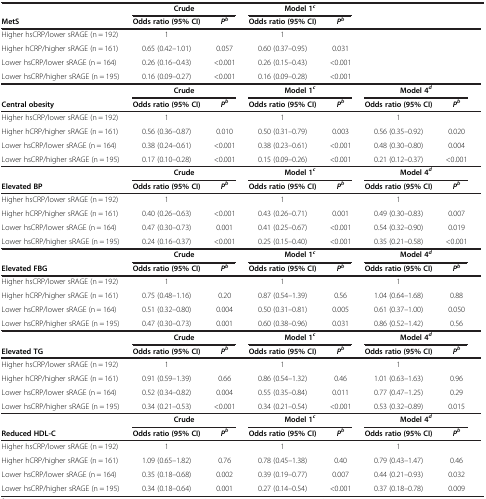
<table><thead><tr><td><b> </b></td><td colspan="2"><b>Crude</b></td><td colspan="2"><b>Model 1<sup><i>c</i></sup></b></td><td><b> </b></td><td><b> </b></td></tr><tr><td><b>MetS</b></td><td><b>Odds ratio (95% CI)</b></td><td><b><i>P</i><sup><i>b</i></sup></b></td><td><b>Odds ratio (95% CI)</b></td><td><b><i>P</i><sup><i>b</i></sup></b></td><td><b> </b></td><td><b> </b></td></tr></thead><tbody><tr><td>Higher hsCRP/lower sRAGE (n = 192)</td><td>1</td><td> </td><td>1</td><td> </td><td> </td><td> </td></tr><tr><td>Higher hCRP/higher sRAGE (n = 161)</td><td>0.65 (0.42–1.01)</td><td>0.057</td><td>0.60 (0.37–0.95)</td><td>0.031</td><td> </td><td> </td></tr><tr><td>Lower hsCRP/lower sRAGE (n = 164)</td><td>0.26 (0.16–0.43)</td><td>&lt;0.001</td><td>0.26 (0.15–0.43)</td><td>&lt;0.001</td><td> </td><td> </td></tr><tr><td>Lower hsCRP/higher sRAGE (n = 195)</td><td>0.16 (0.09–0.27)</td><td>&lt;0.001</td><td>0.16 (0.09–0.28)</td><td>&lt;0.001</td><td> </td><td> </td></tr><tr><td> </td><td colspan="2"><b>Crude</b></td><td colspan="2"><b>Model 1</b><sup><b><i>c</i></b></sup></td><td colspan="2"><b>Model 4</b><sup><b><i>d</i></b></sup></td></tr><tr><td><b>Central obesity</b></td><td><b>Odds ratio (95% CI)</b></td><td><b><i>P</i></b><sup><b><i>b</i></b></sup></td><td><b>Odds ratio (95% CI)</b></td><td><b><i>P</i></b><sup><b><i>b</i></b></sup></td><td><b>Odds ratio (95% CI)</b></td><td><b><i>P</i></b><sup><b><i>b</i></b></sup></td></tr><tr><td>Higher hsCRP/lower sRAGE (n = 192)</td><td>1</td><td> </td><td>1</td><td> </td><td>1</td><td> </td></tr><tr><td>Higher hCRP/higher sRAGE (n = 161)</td><td>0.56 (0.36–0.87)</td><td>0.010</td><td>0.50 (0.31–0.79)</td><td>0.003</td><td>0.56 (0.35–0.92)</td><td>0.020</td></tr><tr><td>Lower hsCRP/lower sRAGE (n = 164)</td><td>0.38 (0.24–0.61)</td><td>&lt;0.001</td><td>0.38 (0.23–0.61)</td><td>&lt;0.001</td><td>0.48 (0.30–0.80)</td><td>0.004</td></tr><tr><td>Lower hsCRP/higher sRAGE (n = 195)</td><td>0.17 (0.10–0.28)</td><td>&lt;0.001</td><td>0.15 (0.09–0.26)</td><td>&lt;0.001</td><td>0.21 (0.12–0.37)</td><td>&lt;0.001</td></tr><tr><td> </td><td colspan="2"><b>Crude</b></td><td colspan="2"><b>Model 1</b><sup><b><i>c</i></b></sup></td><td colspan="2"><b>Model 4</b><sup><b><i>d</i></b></sup></td></tr><tr><td><b>Elevated BP</b></td><td><b>Odds ratio (95% CI)</b></td><td><b><i>P</i></b><sup><b><i>b</i></b></sup></td><td><b>Odds ratio (95% CI)</b></td><td><b><i>P</i></b><sup><b><i>b</i></b></sup></td><td><b>Odds ratio (95% CI)</b></td><td><b><i>P</i></b><sup><b><i>b</i></b></sup></td></tr><tr><td>Higher hsCRP/lower sRAGE (n = 192)</td><td>1</td><td> </td><td>1</td><td> </td><td>1</td><td> </td></tr><tr><td>Higher hCRP/higher sRAGE (n = 161)</td><td>0.40 (0.26–0.63)</td><td>&lt;0.001</td><td>0.43 (0.26–0.71)</td><td>0.001</td><td>0.49 (0.30–0.83)</td><td>0.007</td></tr><tr><td>Lower hsCRP/lower sRAGE (n = 164)</td><td>0.47 (0.30–0.73)</td><td>0.001</td><td>0.41 (0.25–0.67)</td><td>&lt;0.001</td><td>0.54 (0.32–0.90)</td><td>0.019</td></tr><tr><td>Lower hsCRP/higher sRAGE (n = 195)</td><td>0.24 (0.16–0.37)</td><td>&lt;0.001</td><td>0.25 (0.15–0.40)</td><td>&lt;0.001</td><td>0.35 (0.21–0.58)</td><td>&lt;0.001</td></tr><tr><td> </td><td colspan="2"><b>Crude</b></td><td colspan="2"><b>Model 1</b><sup><b><i>c</i></b></sup></td><td colspan="2"><b>Model 4</b><sup><b><i>d</i></b></sup></td></tr><tr><td><b>Elevated FBG</b></td><td><b>Odds ratio (95% CI)</b></td><td><b><i>P</i></b><sup><b><i>b</i></b></sup></td><td><b>Odds ratio (95% CI)</b></td><td><b><i>P</i></b><sup><b><i>b</i></b></sup></td><td><b>Odds ratio (95% CI)</b></td><td><b><i>P</i></b><sup><b><i>b</i></b></sup></td></tr><tr><td>Higher hsCRP/lower sRAGE (n = 192)</td><td>1</td><td> </td><td>1</td><td> </td><td>1</td><td> </td></tr><tr><td>Higher hCRP/higher sRAGE (n = 161)</td><td>0.75 (0.48–1.16)</td><td>0.20</td><td>0.87 (0.54–1.39)</td><td>0.56</td><td>1.04 (0.64–1.68)</td><td>0.88</td></tr><tr><td>Lower hsCRP/lower sRAGE (n = 164)</td><td>0.51 (0.32–0.80)</td><td>0.004</td><td>0.50 (0.31–0.81)</td><td>0.005</td><td>0.61 (0.37–1.00)</td><td>0.050</td></tr><tr><td>Lower hsCRP/higher sRAGE (n = 195)</td><td>0.47 (0.30–0.73)</td><td>0.001</td><td>0.60 (0.38–0.96)</td><td>0.031</td><td>0.86 (0.52–1.42)</td><td>0.56</td></tr><tr><td> </td><td colspan="2"><b>Crude</b></td><td colspan="2"><b>Model 1</b><sup><b><i>c</i></b></sup></td><td colspan="2"><b>Model 4</b><sup><b><i>d</i></b></sup></td></tr><tr><td><b>Elevated TG</b></td><td><b>Odds ratio (95% CI)</b></td><td><b><i>P</i></b><sup><b><i>b</i></b></sup></td><td><b>Odds ratio (95% CI)</b></td><td><b><i>P</i></b><sup><b><i>b</i></b></sup></td><td><b>Odds ratio (95% CI)</b></td><td><b><i>P</i></b><sup><b><i>b</i></b></sup></td></tr><tr><td>Higher hsCRP/lower sRAGE (n = 192)</td><td>1</td><td> </td><td>1</td><td> </td><td>1</td><td> </td></tr><tr><td>Higher hCRP/higher sRAGE (n = 161)</td><td>0.91 (0.59–1.39)</td><td>0.66</td><td>0.86 (0.54–1.32)</td><td>0.46</td><td>1.01 (0.63–1.63)</td><td>0.96</td></tr><tr><td>Lower hsCRP/lower sRAGE (n = 164)</td><td>0.52 (0.34–0.82)</td><td>0.004</td><td>0.55 (0.35–0.84)</td><td>0.011</td><td>0.77 (0.47–1.25)</td><td>0.29</td></tr><tr><td>Lower hsCRP/higher sRAGE (n = 195)</td><td>0.34 (0.21–0.53)</td><td>&lt;0.001</td><td>0.34 (0.21–0.54)</td><td>&lt;0.001</td><td>0.53 (0.32–0.89)</td><td>0.015</td></tr><tr><td> </td><td colspan="2"><b>Crude</b></td><td colspan="2"><b>Model 1</b><sup><b><i>c</i></b></sup></td><td colspan="2"><b>Model 4</b><sup><b><i>d</i></b></sup></td></tr><tr><td><b>Reduced HDL-C</b></td><td><b>Odds ratio (95% CI)</b></td><td><b><i>P</i></b><sup><b><i>b</i></b></sup></td><td><b>Odds ratio (95% CI)</b></td><td><b><i>P</i></b><sup><b><i>b</i></b></sup></td><td><b>Odds ratio (95% CI)</b></td><td><b><i>P</i></b><sup><b><i>b</i></b></sup></td></tr><tr><td>Higher hsCRP/lower sRAGE (n = 192)</td><td>1</td><td> </td><td>1</td><td> </td><td>1</td><td> </td></tr><tr><td>Higher hCRP/higher sRAGE (n = 161)</td><td>1.09 (0.65–1.82)</td><td>0.76</td><td>0.78 (0.45–1.38)</td><td>0.40</td><td>0.79 (0.43–1.47)</td><td>0.46</td></tr><tr><td>Lower hsCRP/lower sRAGE (n = 164)</td><td>0.35 (0.18–0.68)</td><td>0.002</td><td>0.39 (0.19–0.77)</td><td>0.007</td><td>0.44 (0.21–0.93)</td><td>0.032</td></tr><tr><td>Lower hsCRP/higher sRAGE (n = 195)</td><td>0.34 (0.18–0.64)</td><td>0.001</td><td>0.27 (0.14–0.54)</td><td>&lt;0.001</td><td>0.37 (0.18–0.78)</td><td>0.009</td></tr></tbody></table>